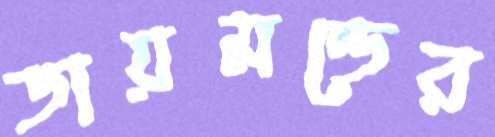
ডায়মন্ডের